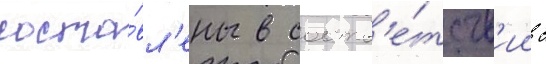
соста́вл'ены в соотв'е́тств'ии с